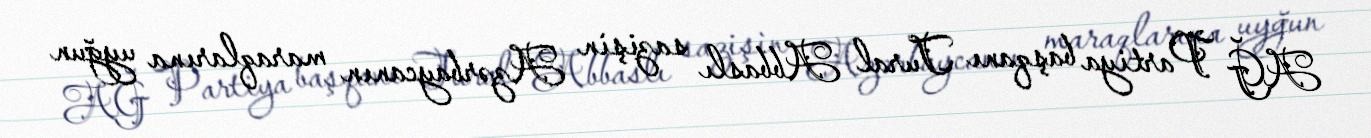
AĞ Partiya başqanı Tural Abbaslı sazişin Azərbaycanın maraqlarına uyğun